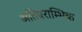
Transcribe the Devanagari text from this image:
अतिप्रराम्भिक